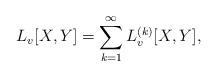
LaTeX: \begin{align*}L_v[X, Y] = \sum_{k=1}^\infty L^{(k)}_v [X, Y],\end{align*}